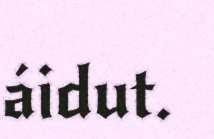
áidut.